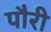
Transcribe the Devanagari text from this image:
पौरी